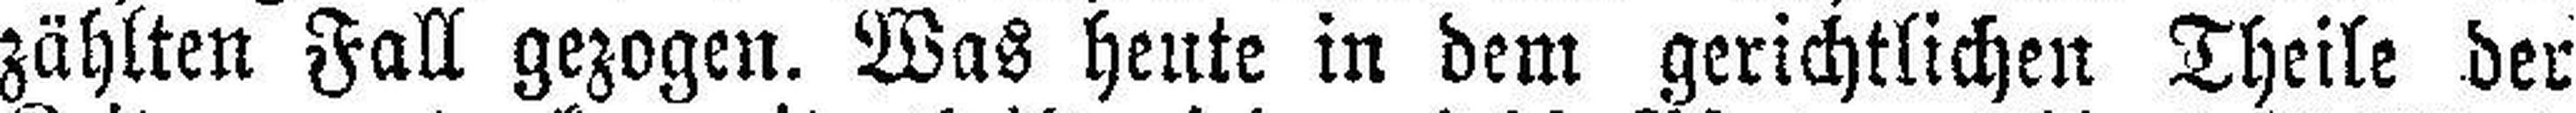
zählten Fall gezogen. Was heute in dem gerichtlichen Theile der